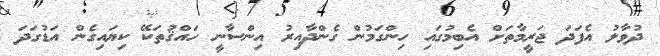
ދުވާލު އެފަދަ ޖަރީމާތަށް އެބިމުގައި ހިންގަމުން ގެންދާއިރު އިންސާނީ ހައްޤުތަކޭ ކިޔައިގެން އަޑުގަދަ